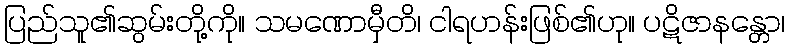
ပြည်သူ၏ဆွမ်းတို့ကို။ သမဏောမှီတိ၊ ငါရဟန်းဖြစ်၏ဟု။ ပဋိဇာနန္တော၊